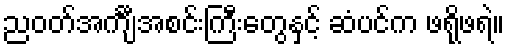
ညဝတ်အင်္ကျီအစင်းကြီးတွေနှင့် ဆံပင်က ဖရိုဖရဲ။